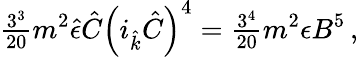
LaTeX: {\textstyle\frac{3^{3}}{20}}m^{2}\hat{\epsilon}\hat{C}\left(i_{\hat{k}}\hat{C}\right)^{4}={\textstyle\frac{3^{4}}{20}}m^{2}\epsilon B^{5}\, ,